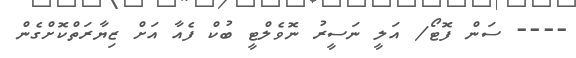
---- ސަން ފޮޓޯ/ އަލީ ނަސީރު ނޮވެލްޓީ ބުކް ފެއާ އަށް ޒިޔާރަތްކޮށްގެން